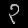
Digit: ၃